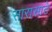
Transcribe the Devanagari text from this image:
सारासाटे